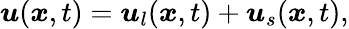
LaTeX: \boldsymbol{{u}}(\boldsymbol{x},t)=\boldsymbol{{u}}_{l}(\boldsymbol{x},t)+\boldsymbol{u}_{s}(\boldsymbol{x},t),